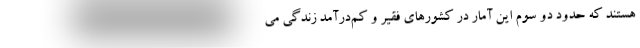
هستند که حدود دو سوم این آمار در کشورهای فقیر و کم‌درآمد زندگی می